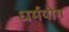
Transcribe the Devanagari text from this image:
धर्मयोग